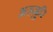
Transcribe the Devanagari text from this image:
अज़्ज़ुरि